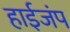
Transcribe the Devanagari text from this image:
हाईजंप